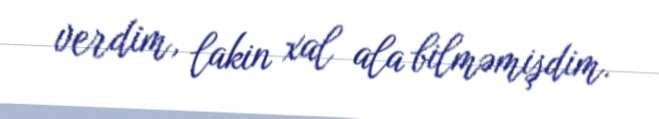
verdim, lakin xal ala bilməmişdim.